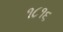
૧૮૧૬